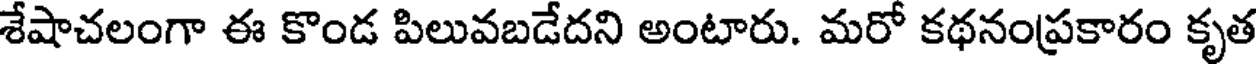
శేషాచలంగా ఈ కొండ పిలువబడేదని అంటారు. మరో కథనంప్రకారం కృత